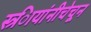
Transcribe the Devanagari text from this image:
स्त्र्िायांनीचेचून